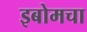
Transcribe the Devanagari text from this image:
इबोमचा